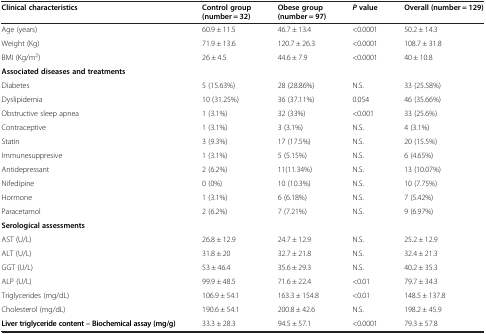
<table><thead><tr><td><b>Clinical characteristics</b></td><td><b>Control group (number = 32)</b></td><td><b>Obese group (number = 97)</b></td><td><b><i>P</i>value</b></td><td><b>Overall (number = 129)</b></td></tr></thead><tbody><tr><td>Age (years)</td><td>60.9 ± 11.5</td><td>46.7 ± 13.4</td><td>&lt;0.0001</td><td>50.2 ± 14.3</td></tr><tr><td>Weight (Kg)</td><td>71.9 ± 13.6</td><td>120.7 ± 26.3</td><td>&lt;0.0001</td><td>108.7 ± 31.8</td></tr><tr><td>BMI (Kg/m<sup>2</sup>)</td><td>26 ± 4.5</td><td>44.6 ± 7.9</td><td>&lt;0.0001</td><td>40 ± 10.8</td></tr><tr><td><b>Associated diseases and treatments</b></td><td></td><td></td><td></td><td></td></tr><tr><td>Diabetes</td><td>5 (15.63%)</td><td>28 (28.86%)</td><td>N.S.</td><td>33 (25.58%)</td></tr><tr><td>Dyslipidemia</td><td>10 (31.25%)</td><td>36 (37.11%)</td><td>0.054</td><td>46 (35.66%)</td></tr><tr><td>Obstructive sleep apnea</td><td>1 (3.1%)</td><td>32 (33%)</td><td>&lt;0.001</td><td>33 (25.6%)</td></tr><tr><td>Contraceptive</td><td>1 (3.1%)</td><td>3 (3.1%)</td><td>N.S.</td><td>4 (3.1%)</td></tr><tr><td>Statin</td><td>3 (9.3%)</td><td>17 (17.5%)</td><td>N.S.</td><td>20 (15.5%)</td></tr><tr><td>Immunesuppresive</td><td>1 (3.1%)</td><td>5 (5.15%)</td><td>N.S.</td><td>6 (4.65%)</td></tr><tr><td>Antidepressant</td><td>2 (6.2%)</td><td>11(11.34%)</td><td>N.S.</td><td>13 (10.07%)</td></tr><tr><td>Nifedipine</td><td>0 (0%)</td><td>10 (10.3%)</td><td>N.S.</td><td>10 (7.75%)</td></tr><tr><td>Hormone</td><td>1 (3.1%)</td><td>6 (6.18%)</td><td>N.S.</td><td>7 (5.42%)</td></tr><tr><td>Paracetamol</td><td>2 (6.2%)</td><td>7 (7.21%)</td><td>N.S.</td><td>9 (6.97%)</td></tr><tr><td><b>Serological assessments</b></td><td></td><td></td><td></td><td></td></tr><tr><td>AST (U/L)</td><td>26.8 ± 12.9</td><td>24.7 ± 12.9</td><td>N.S.</td><td>25.2 ± 12.9</td></tr><tr><td>ALT (U/L)</td><td>31.8 ± 20</td><td>32.7 ± 21.8</td><td>N.S.</td><td>32.4 ± 21.3</td></tr><tr><td>GGT (U/L)</td><td>53 ± 46.4</td><td>35.6 ± 29.3</td><td>N.S.</td><td>40.2 ± 35.3</td></tr><tr><td>ALP (U/L)</td><td>99.9 ± 48.5</td><td>71.6 ± 22.4</td><td>&lt;0.01</td><td>79.7 ± 34.3</td></tr><tr><td>Triglycerides (mg/dL)</td><td>106.9 ± 54.1</td><td>163.3 ± 154.8</td><td>&lt;0.01</td><td>148.5 ± 137.8</td></tr><tr><td>Cholesterol (mg/dL)</td><td>190.6 ± 54.1</td><td>200.8 ± 42.6</td><td>N.S.</td><td>198.2 ± 45.9</td></tr><tr><td><b>Liver triglyceride content – Biochemical assay (mg/g)</b></td><td>33.3 ± 28.3</td><td>94.5 ± 57.1</td><td>&lt;0.0001</td><td>79.3 ± 57.8</td></tr></tbody></table>